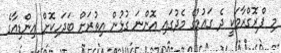
މި ޕްރޮގްރާމަކީ ދެ ގައުމުގެ މެދުގައި އޮންނަ ގުޅުން އިތުރަށް ބަދަހިކޮށް އިންޑިއާގެ